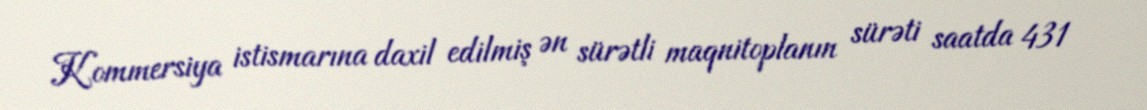
Kommersiya istismarına daxil edilmiş ən sürətli maqnitoplanın sürəti saatda 431